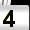
Digit: 4